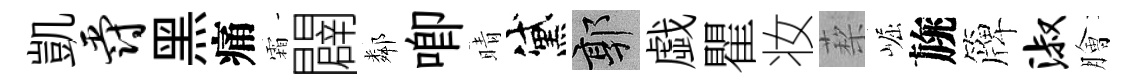
凱爵黑痛霜闢鄰唧晴黛郭戯瞿妆蔾崛旐簰淑膾